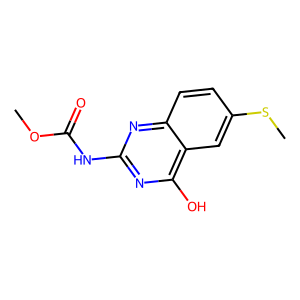
SMILES: COC(=O)Nc1nc(O)c2cc(SC)ccc2n1
Inhibits HIV replication: No